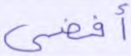
أفضى